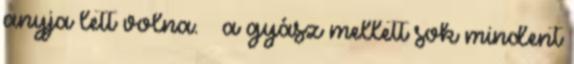
anyja lett volna. – a gyász mellett sok mindent